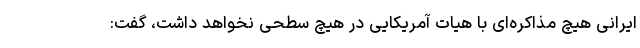
ایرانی هیچ مذاکره‌ای با هیات آمریکایی در هیچ سطحی نخواهد داشت، گفت: